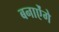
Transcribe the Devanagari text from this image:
बनाऐंगे